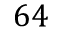
6 4